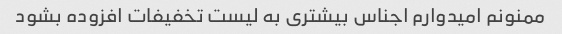
ممنونم امیدوارم اجناس بیشتری به لیست تخفیفات افزوده بشود